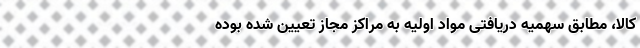
کالا، مطابق سهمیه دریافتی مواد اولیه به مراکز مجاز تعیین شده بوده